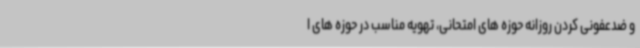
و ضدعفونی کردن روزانه حوزه های امتحانی، تهویه مناسب در حوزه های ا